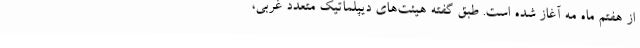
از هفتم ماه مه آغاز شده است. طبق گفته هیئت‌های دیپلماتیک متعدد غربی،